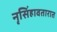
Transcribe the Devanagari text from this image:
नृसिंहावतारात